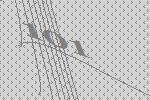
101